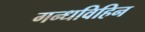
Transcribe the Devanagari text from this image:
गन्धविहिन